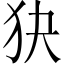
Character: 㹟